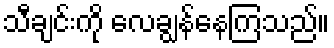
သီချင်းကို လေချွန်နေကြသည်။